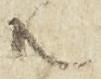
共